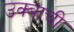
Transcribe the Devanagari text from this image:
उक्बाची